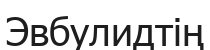
Эвбулидтің